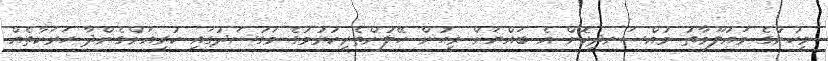
މީހުންގެ މައުލޫމާތު މުއްސަނދިކޮށް އެ ބައްޔަށް މީހުން ހޭލުންތެރިކުރުމުގެ މަގުސަދުގައި ކުރިއަށްގެންދާ ހަރަކާތެއް